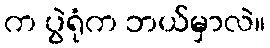
က ပွဲရုံက ဘယ်မှာလဲ။